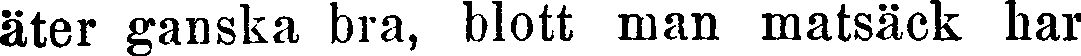
äter ganska bra, blott man matsäck har